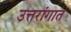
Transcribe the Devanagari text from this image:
उत्तरांगात